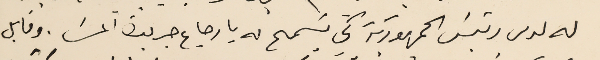
له لدى رئيسَ الجمهورية كي يسَمح له بارجاع جريدة المسَا. وقابل